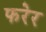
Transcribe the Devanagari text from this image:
फरेर